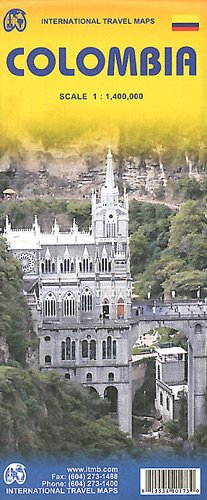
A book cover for Colombia Travel Reference Map 1:1,400,000 -2012*** (International Travel Maps); ITMB Canada; Travel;